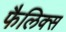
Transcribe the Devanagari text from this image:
फैलिक्स